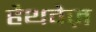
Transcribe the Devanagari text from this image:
हैथवेज़